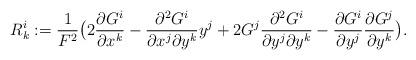
LaTeX: \begin{align*} R^{i}_{k}:=\frac{1}{F^2}\big(2\frac{\partial G^i}{\partial x^k}-\frac{\partial^2 G^i}{\partial x^j \partial y^k}y^j +2G^j\frac{\partial^2 G^i}{\partial y^j \partial y^k} - \frac{\partial G^i}{\partial y^j}\frac{\partial G^j}{\partial y^k}\big).\end{align*}